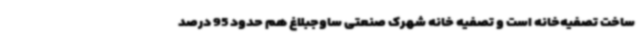
ساخت تصفیه‌خانه است و تصفیه خانه شهرک صنعتی ساوجبلاغ هم حدود 95 درصد